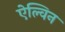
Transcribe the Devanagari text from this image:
ऐल्विन